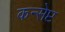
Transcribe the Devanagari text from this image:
कन्सेप्ट